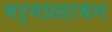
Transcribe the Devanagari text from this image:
चर्मप्रसाधन